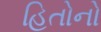
હિતોનો